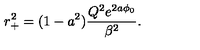
r _ { + } ^ { 2 } = ( 1 - a ^ { 2 } ) \frac { Q ^ { 2 } e ^ { 2 a \phi _ { 0 } } } { \beta ^ { 2 } } .